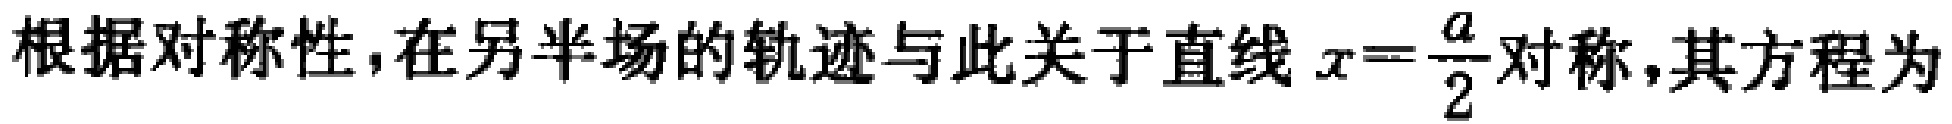
根据对称性，在另半场的轨迹与此关于直线 \(x = \frac{a}{2}\) 对称，其方程为